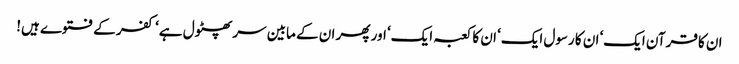
ان کا قرآن ایک‘ ان کا رسول ایک‘ ان کا کعبہ ایک‘ اور پھر ان کے مابین سر پھٹول ہے‘ کفر کے فتوے ہیں!